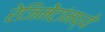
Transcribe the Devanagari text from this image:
रेजिमेंटांमध्ये